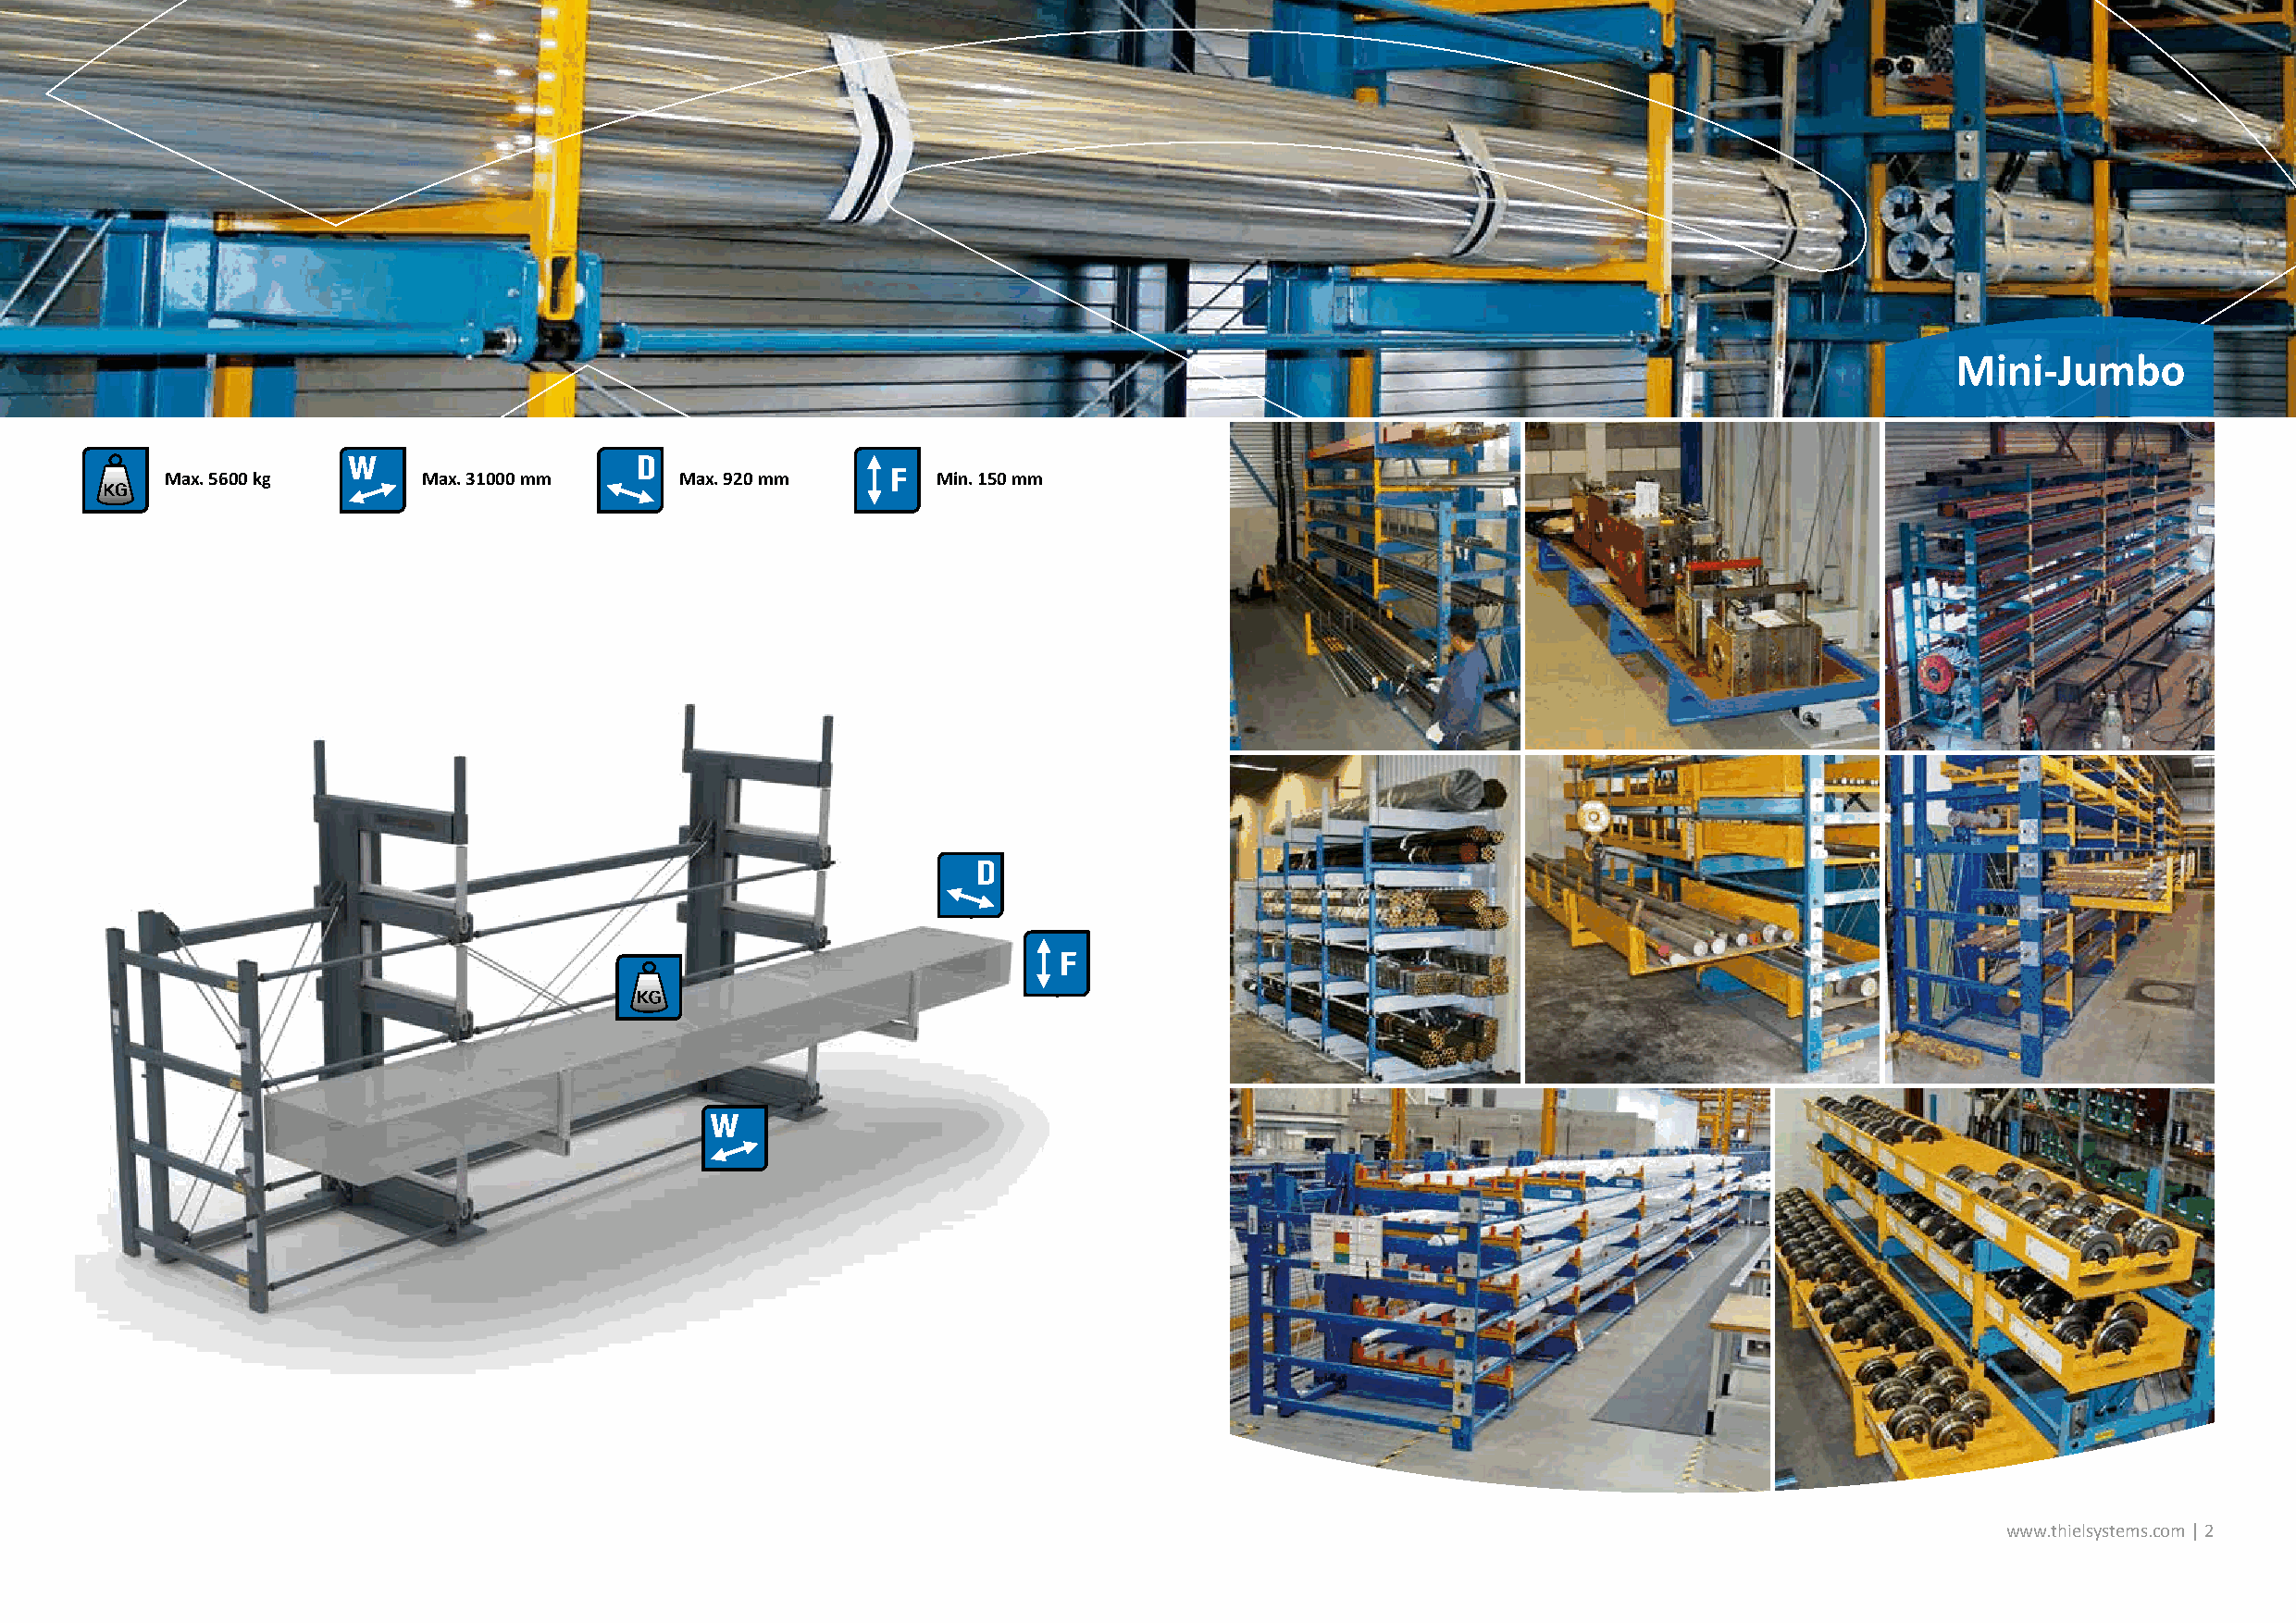
Mini-Jumbo
 Max. 5600 kg      Max. 31000 mm      Max. 920 mm       Min. 150 mm
 www.thielsystems.com | 2